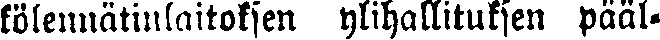
kölennätinlaitoksen ylihallituksen pääl-